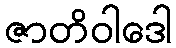
ဇာတိဝါဒေါ